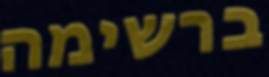
ברשימה